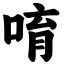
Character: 唷